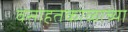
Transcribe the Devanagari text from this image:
वसाहतकाळाच्या